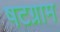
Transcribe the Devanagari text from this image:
षटग्राम